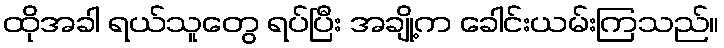
ထိုအခါ ရယ်သူတွေ ရပ်ပြီး အချို့က ခေါင်းယမ်းကြသည်။